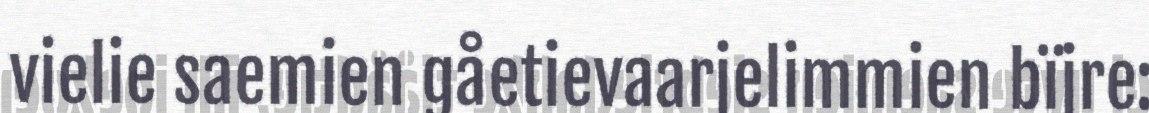
vielie saemien gåetievaarjelimmien bïjre: